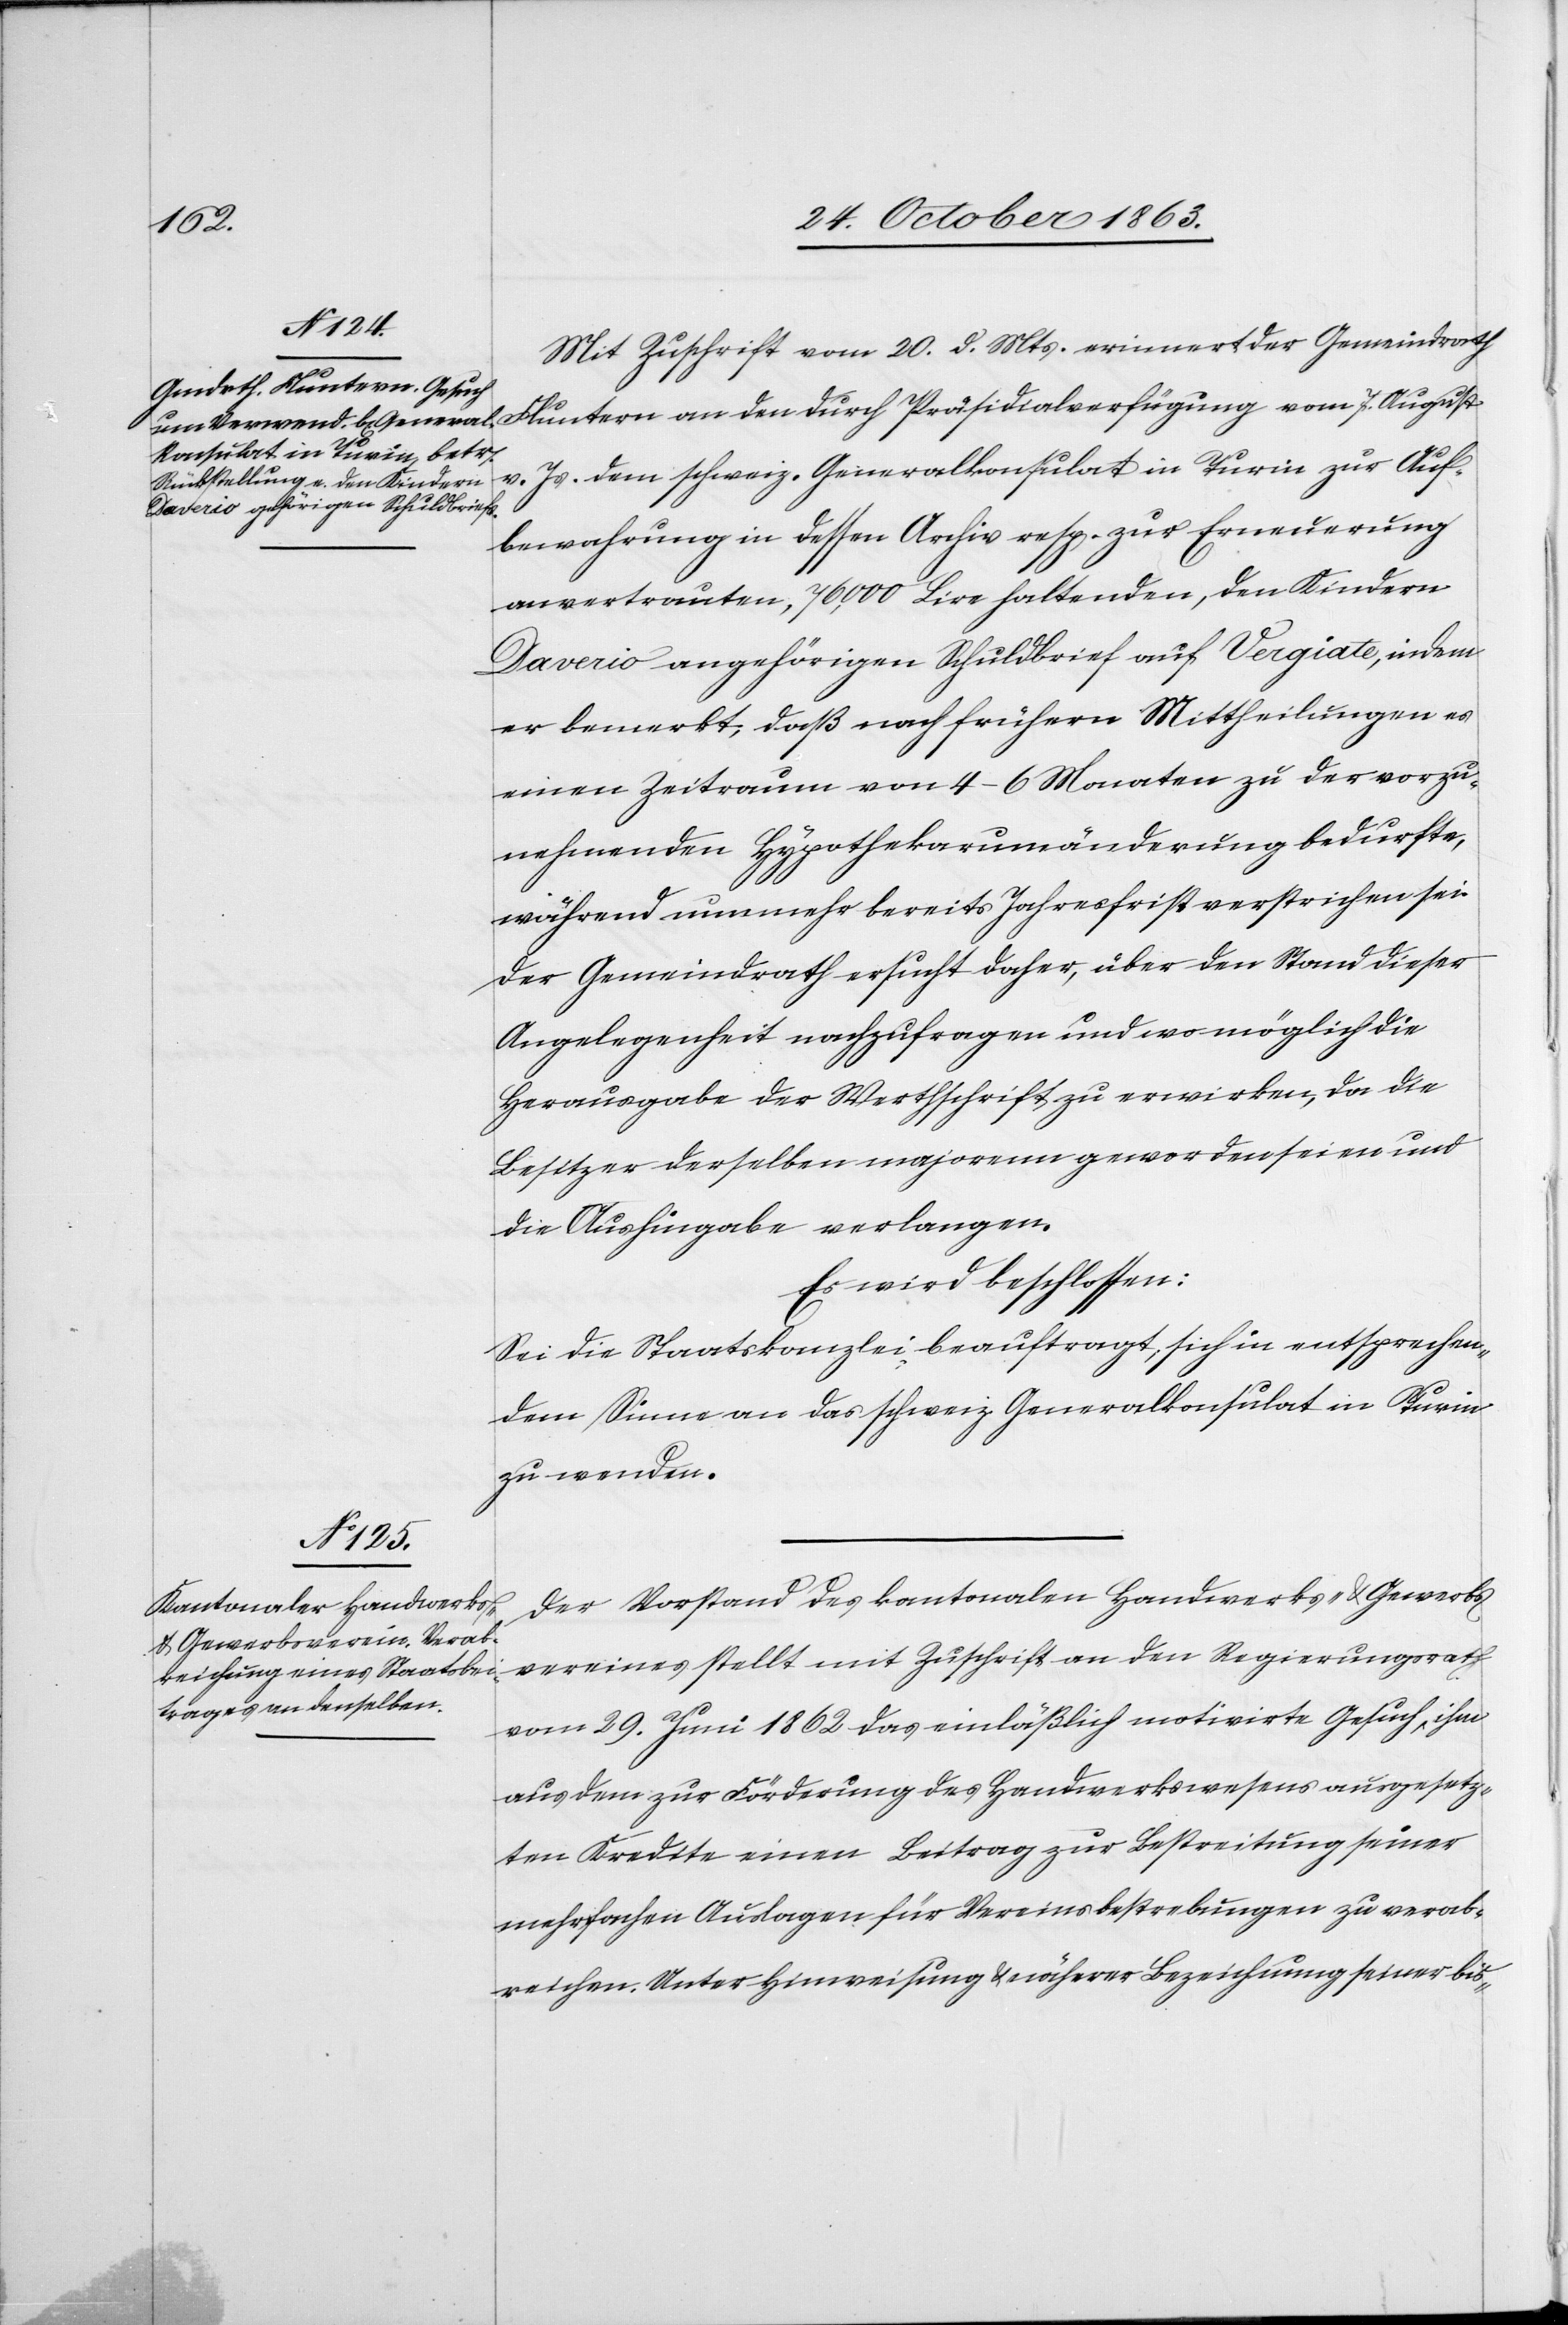
Mit Zuschrift vom 20. d. Mts. erinnert der Gemeindrath
v. Js. dem schweiz. Generalkonsulat in Turin zur Auf¬
7.
bewahrung in dessen Archiv resp. zur Erneuerung
anvertrauten, 76,000 Lire haltenden, den Kindern
Daverio angehörigen Schuldbrief auf Vergiate, indem
er bemerkt, daß nach frühern Mittheilung es
einen Zeitraum von 4–6 Monaten zu der vorzu¬
nehmenden Hypothekarumänderung bedurfte,
während nunmehr bereits Jahresfrist verstrichen sei.
Der Gemeindrath ersucht daher, über den Stand dieser
Angelegenheit nachzufragen und wo möglich die
Herausgabe der Werthschrift zu erwirken, da die
Besitzer derselben majorenn geworden seien und
die Aushingabe verlangen.
Es wird beschlossen:
Sei die Staatskanzlei beauftragt, sich in entsprechen¬
dem Sinne an das schweiz. Generalkonsulat in Turin
zu wenden.
Der Vorstand des kantonalen Handwerks- & Gewerbs¬
vereines stellt mit Zuschrift an den Regierungsrath
vom 29. Juni 1862 das einläßlich motivirte Gesuch, ihm
aus dem zur Förderung des Handwerkswesens ausgesetz¬
ten Kredite einen Beitrag zur Bestreitung seiner
mehrfachen Auslagen für Vereinsbestrebungen zu verab¬
reichen. Unter Hinweisung & näherer Bezeichnung seiner bis-